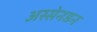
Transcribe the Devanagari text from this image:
अस्सेनडन